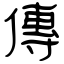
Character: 傳